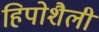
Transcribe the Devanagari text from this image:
हिपोशैली